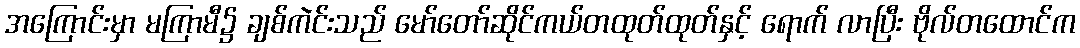
အကြောင်းမှာ မကြာမီ၌ ချစ်ကဲင်းသည် မော်တော်ဆိုင်ကယ်တထုတ်ထုတ်နှင့် ရောက် လာပြီး ဗိုလ်တထောင်က